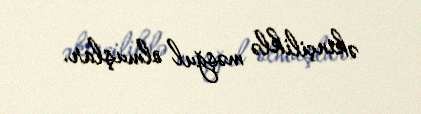
əkinçiliklə məşğul olmuşlar.